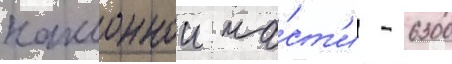
наклоннои ча́ст'и - 6300